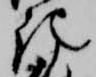
記